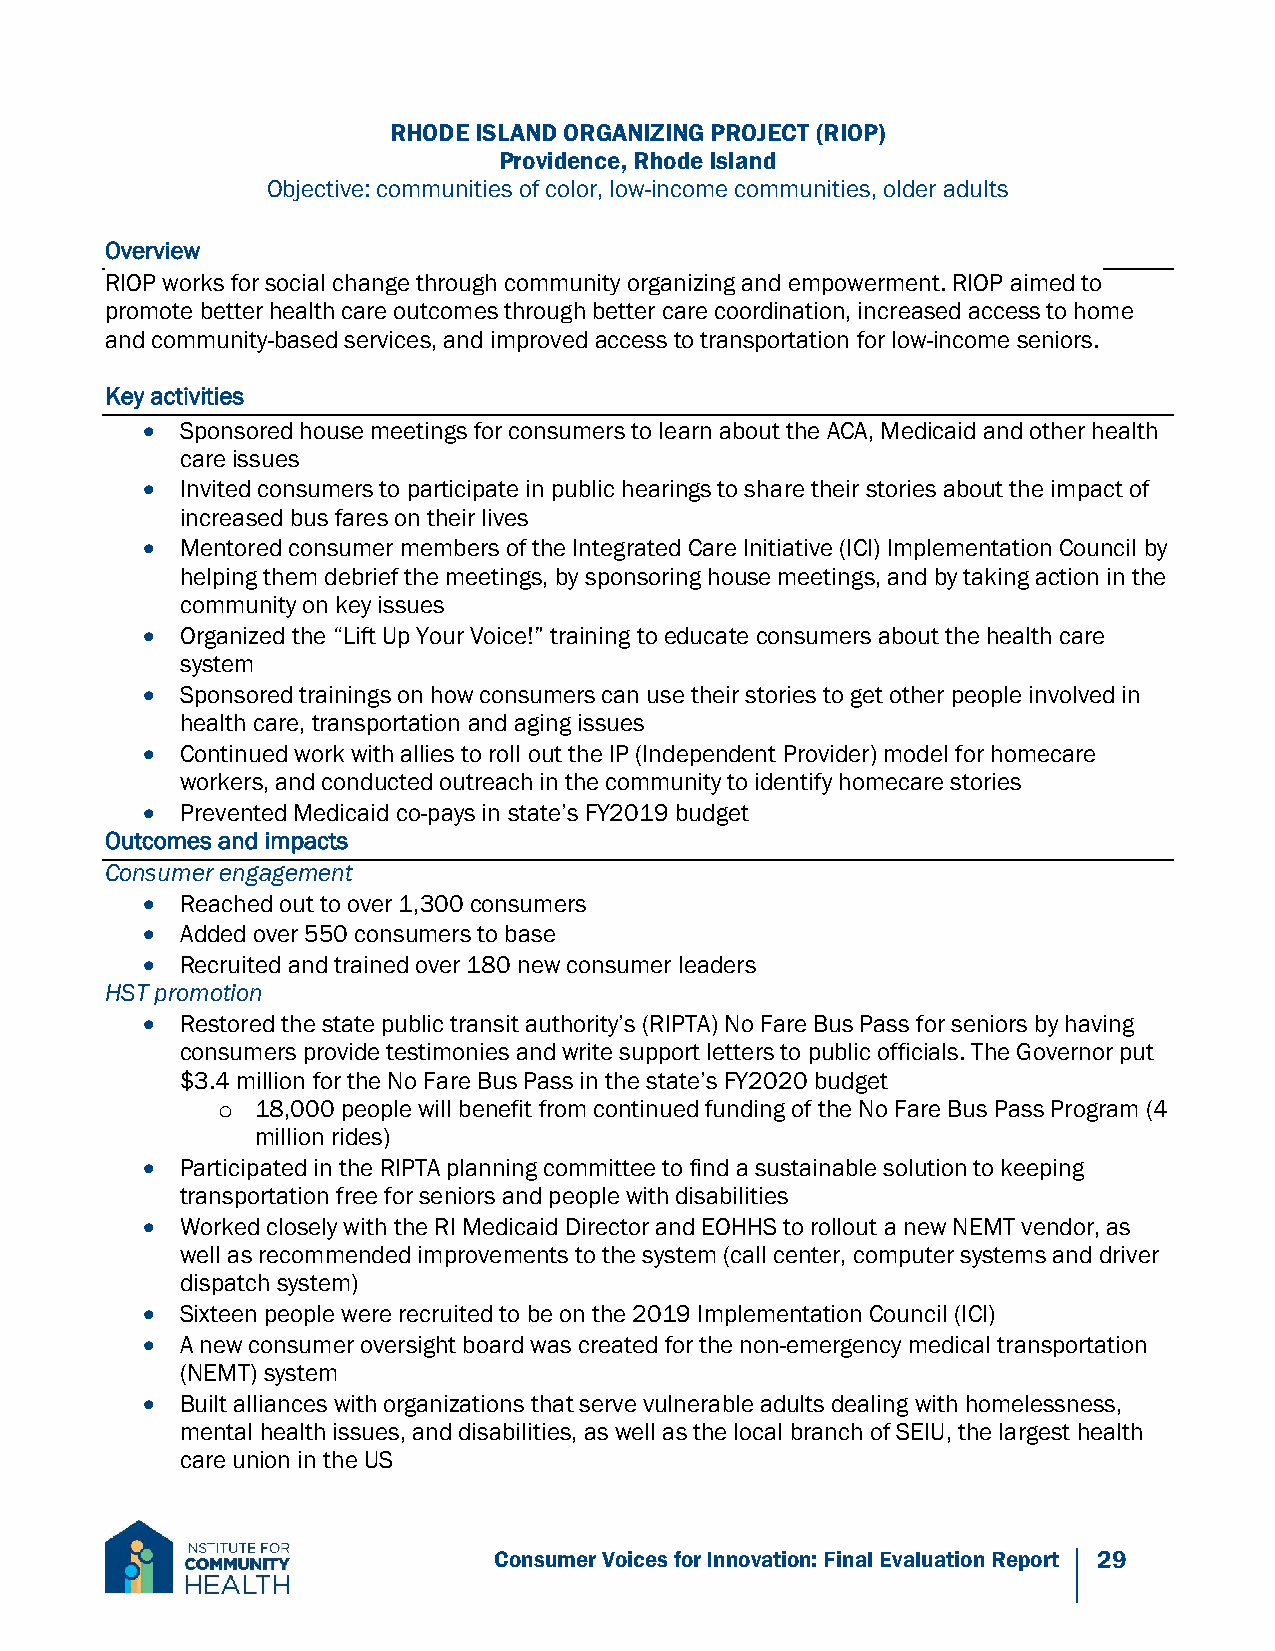
RHODE ISLAND ORGANIZING PROJECT (RIOP)
 Providence, Rhode Island
 Objective: communities of color, low-income communities, older adults
 Overview
 RIOP works for social change through community organizing and empowerment. RIOP aimed to
 promote better health care outcomes through better care coordination, increased access to home
 and community-based services, and improved access to transportation for low-income seniors.
 Key activities
   Sponsored house meetings for consumers to learn about the ACA, Medicaid and other health
 care issues
   Invited consumers to participate in public hearings to share their stories about the impact of
 increased bus fares on their lives
   Mentored consumer members of the Integrated Care Initiative (ICI) Implementation Council by
 helping them debrief the meetings, by sponsoring house meetings, and by taking action in the
 community on key issues
   Organized the “Lift Up Your Voice!” training to educate consumers about the health care
 system
   Sponsored trainings on how consumers can use their stories to get other people involved in
 health care, transportation and aging issues
   Continued work with allies to roll out the IP (Independent Provider) model for homecare
 workers, and conducted outreach in the community to identify homecare stories
   Prevented Medicaid co-pays in state’s FY2019 budget
 Outcomes and impacts
 Consumer engagement
   Reached out to over 1,300 consumers
   Added over 550 consumers to base
   Recruited and trained over 180 new consumer leaders
 HST promotion
   Restored the state public transit authority’s (RIPTA) No Fare Bus Pass for seniors by having
 consumers provide testimonies and write support letters to public officials. The Governor put
 $3.4 million for the No Fare Bus Pass in the state’s FY2020 budget
 o  18,000 people will benefit from continued funding of the No Fare Bus Pass Program (4
 million rides)
   Participated in the RIPTA planning committee to find a sustainable solution to keeping
 transportation free for seniors and people with disabilities
   Worked closely with the RI Medicaid Director and EOHHS to rollout a new NEMT vendor, as
 well as recommended improvements to the system (call center, computer systems and driver
 dispatch system)
   Sixteen people were recruited to be on the 2019 Implementation Council (ICI)
   A new consumer oversight board was created for the non-emergency medical transportation
 (NEMT) system
   Built alliances with organizations that serve vulnerable adults dealing with homelessness,
 mental health issues, and disabilities, as well as the local branch of SEIU, the largest health
 care union in the US
 Consumer Voices for Innovation: Final Evaluation Report 29